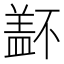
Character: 𰥁